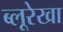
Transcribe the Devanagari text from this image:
ब्लूरेखा